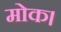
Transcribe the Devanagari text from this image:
मोक।